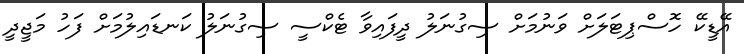
އޭޑީކޭ ހޮސްޕިޓަލަށް ވަނުމަށް ސިގުނަލު ދީފައިވާ ޓެކްސީ ސިގުނަލު ކަނޑައިލުމަށް ފަހު މަޖީދީ